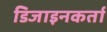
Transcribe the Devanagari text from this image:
डिजाइनकर्ता